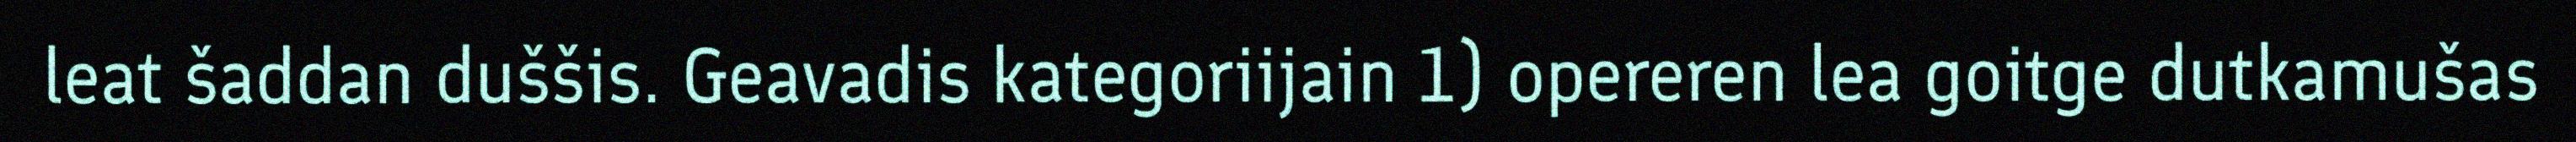
leat šaddan duššis. Geavadis kategoriijain 1) opereren lea goitge dutkamušas